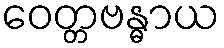
ဝေတ္တဗန္ဓာယ